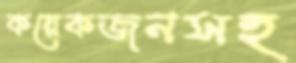
কয়েকজনসহ